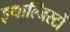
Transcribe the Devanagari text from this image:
इथाल्जिस्टों